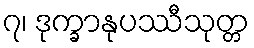
၇၊ ဒုက္ခာနုပဿီသုတ္တ